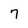
Character: 7